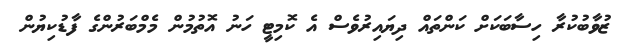
ޒުވާބުކުރާ ހިސާބަކަށް ކަންތައް ދިޔައިރުވެސް އެ ކޮމިޓީ ހަނު އޮތުމުން މެމްބަރުންގެ ފާޑުކިޔުން